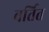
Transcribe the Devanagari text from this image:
बर्तित